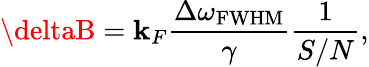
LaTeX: \deltaB=\mathbf{k}_{F}\frac{{\Delta\omega_{\mathrm{{{FWHM}}}}}}{{\gamma}}\frac{{1}}{{S/N}},